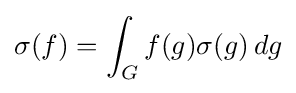
\sigma (f)=\int _{G}f(g)\sigma (g)\,dg